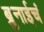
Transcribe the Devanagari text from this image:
ब्रुनाईचं